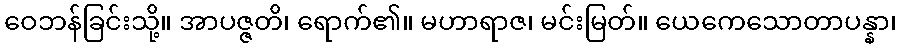
ဝေဘန်ခြင်းသို့။ အာပဇ္ဇတိ၊ ရောက်၏။ မဟာရာဇ၊ မင်းမြတ်။ ယေကေသောတာပန္နာ၊